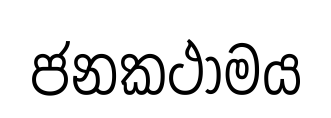
ජනකථාමය